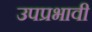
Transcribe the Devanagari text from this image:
उपप्रभावी